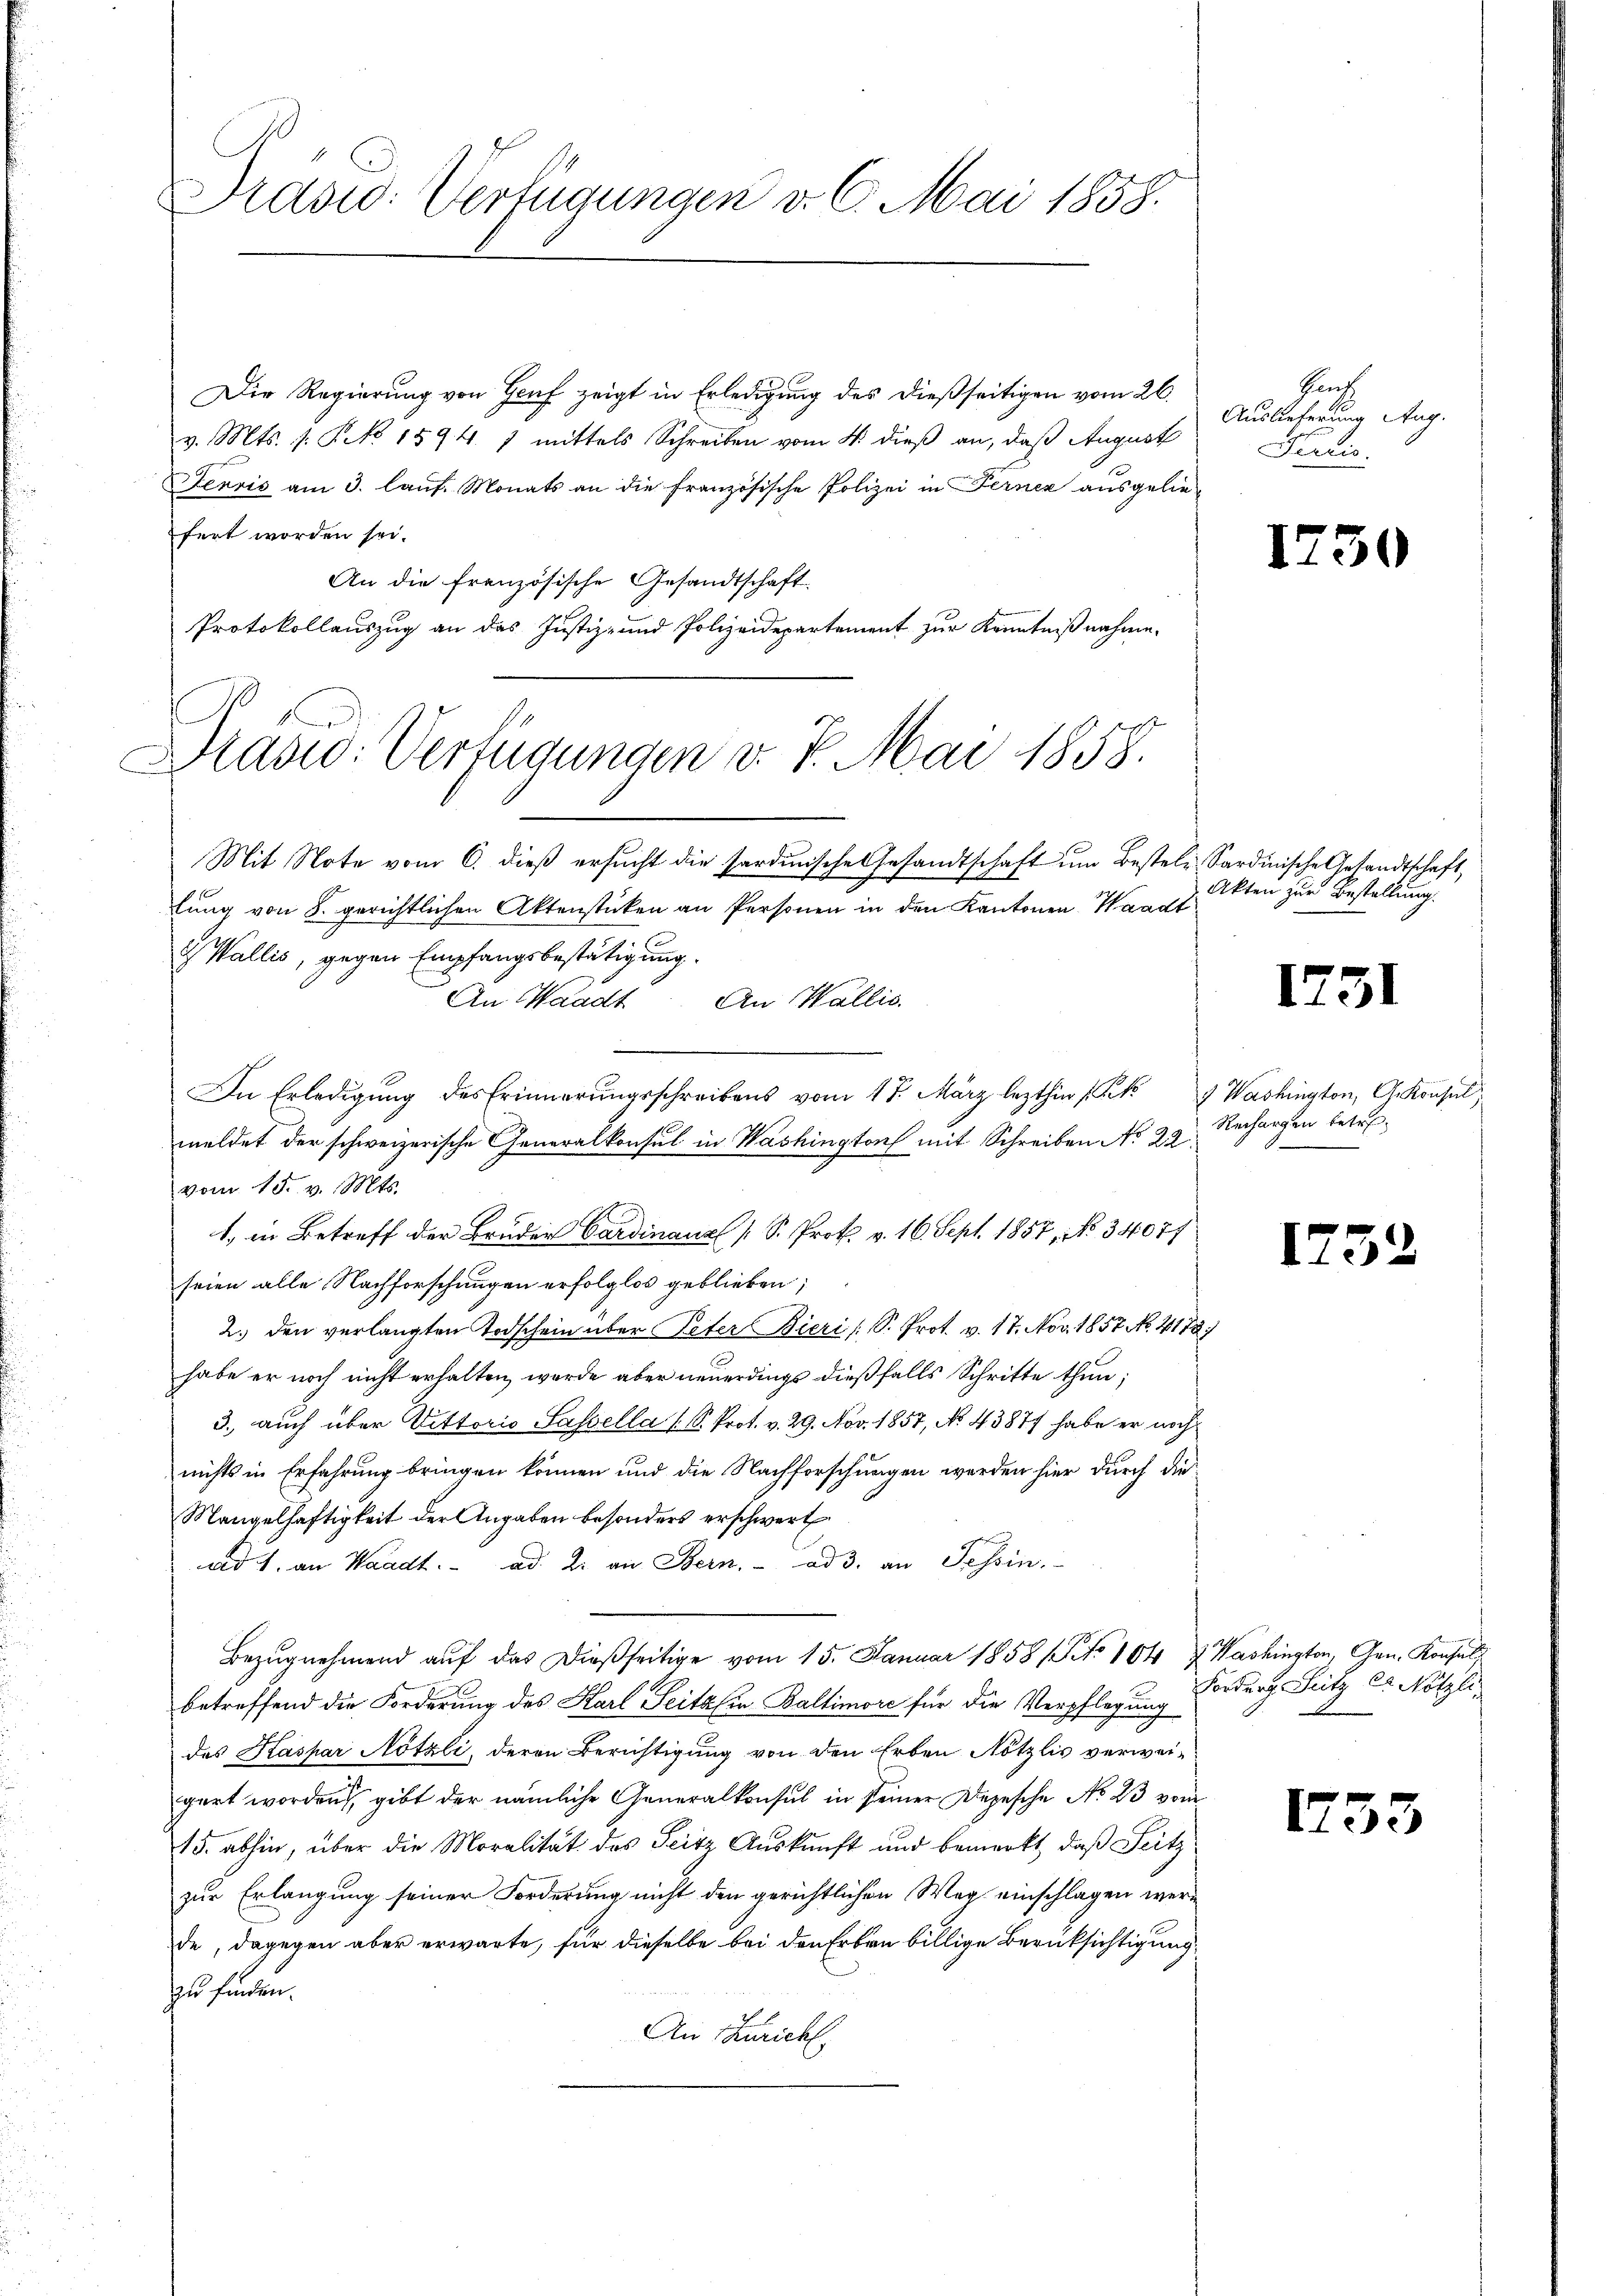
Brasid: Verfügungen v. 6. Mai 1858.

Die Regierung von Gruf zeigt in Erledigung des dießseitigen vom 26.
v. Mts. s. § 1594. 7 mittels Schreiben vom 4. dieß an, daß August
Jenvis am 3. lauf. Monats an die französische Polizei in Ferner ausgelie-
fert worden sei.
An die französische Gesandtschaft
Protokollauszug an das Justiz- und Polizeidepartement zur Kenntnißnahme.
Drasw: Verfügungen v. 7. Mai 1858.

Mit Note vom 6. dieß ersucht die Sardinische Gesandtschaft um Bestele Sardinische Gesandtschaft,
lung von 8. gerichtlichen Aktenstücken an Personen in den Kantonen Waadt
& Wallis, gegen Empfangsbestätigung.
An Waadt. An Wallis
In Erledigung des Erinnerungsschreibens vom 17. März lezthin 1 kg Washington, Gekonsul,
meldet der schweizerische Generalkonsul in Washington mit Schreiben No 22.
vom 15. v. Mts.
1. in Betreff der Bruder Cardinanz (S. Prok. v. 16. Sept. 1857, No 3407/
seien alle Nachforschungen erfolglos geblieben;
2.) den verlangten Todschein über Peter Bieri / S. Prot. v. 17. Nov. 1857 No. 4178)
habe er noch nicht erhalten, werde aber neuerdings dießfalls Schritte thun;
3. auch über Vittorio Sassella (S. Prot. v. 29. Nov. 1857, No 43877 habe er noch
nichts in Erfahrung bringen können und die Nachforschungen werden hier durch die
Mangelhaftigkeit der Angaben besonders erschwert.
ad 1. an Waadt. ad 2. an Bern. ad 3. an Tessin.
Bezŭgnehmend aŭf das dießseitige vom 15. Januar 1858 (to 104 & Washington, Gen. Konsuls
betreffend die Forderung des Karl, Seite (in Baltimore für die Verpflegung
das Kaspar Nötzli, deren Berichtigung von den Erben Nötzlis verwei-
gert worden gibt der nämliche Generalkonsul in seiner Depesche No 23 vom
15. abhin, über die Moralität des Seitz Auskunft und bemerkt, daß Seitz
zur Erlangung seiner Forderung nicht den gerichtlichen Weg einschlagen werde, dagegen aber erwarte, für dieselbe bei den Erbau billige Berüksichtigung
zu finden.
An Züricht.

Pach
Auslieferung Aug.
Pertis.

17

Akten zur Bestellung.

1731

Rechargen betr.

1752

¬

Fordung Sutz der Nötzli

1733